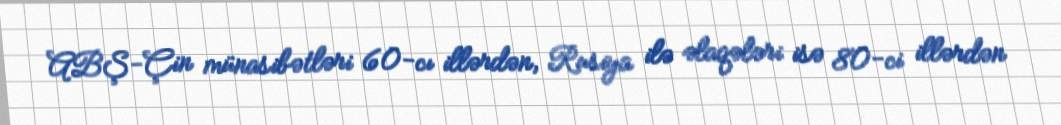
ABŞ-Çin münasibətləri 60-cı illərdən, Rusiya ilə əlaqələri isə 80-ci illərdən